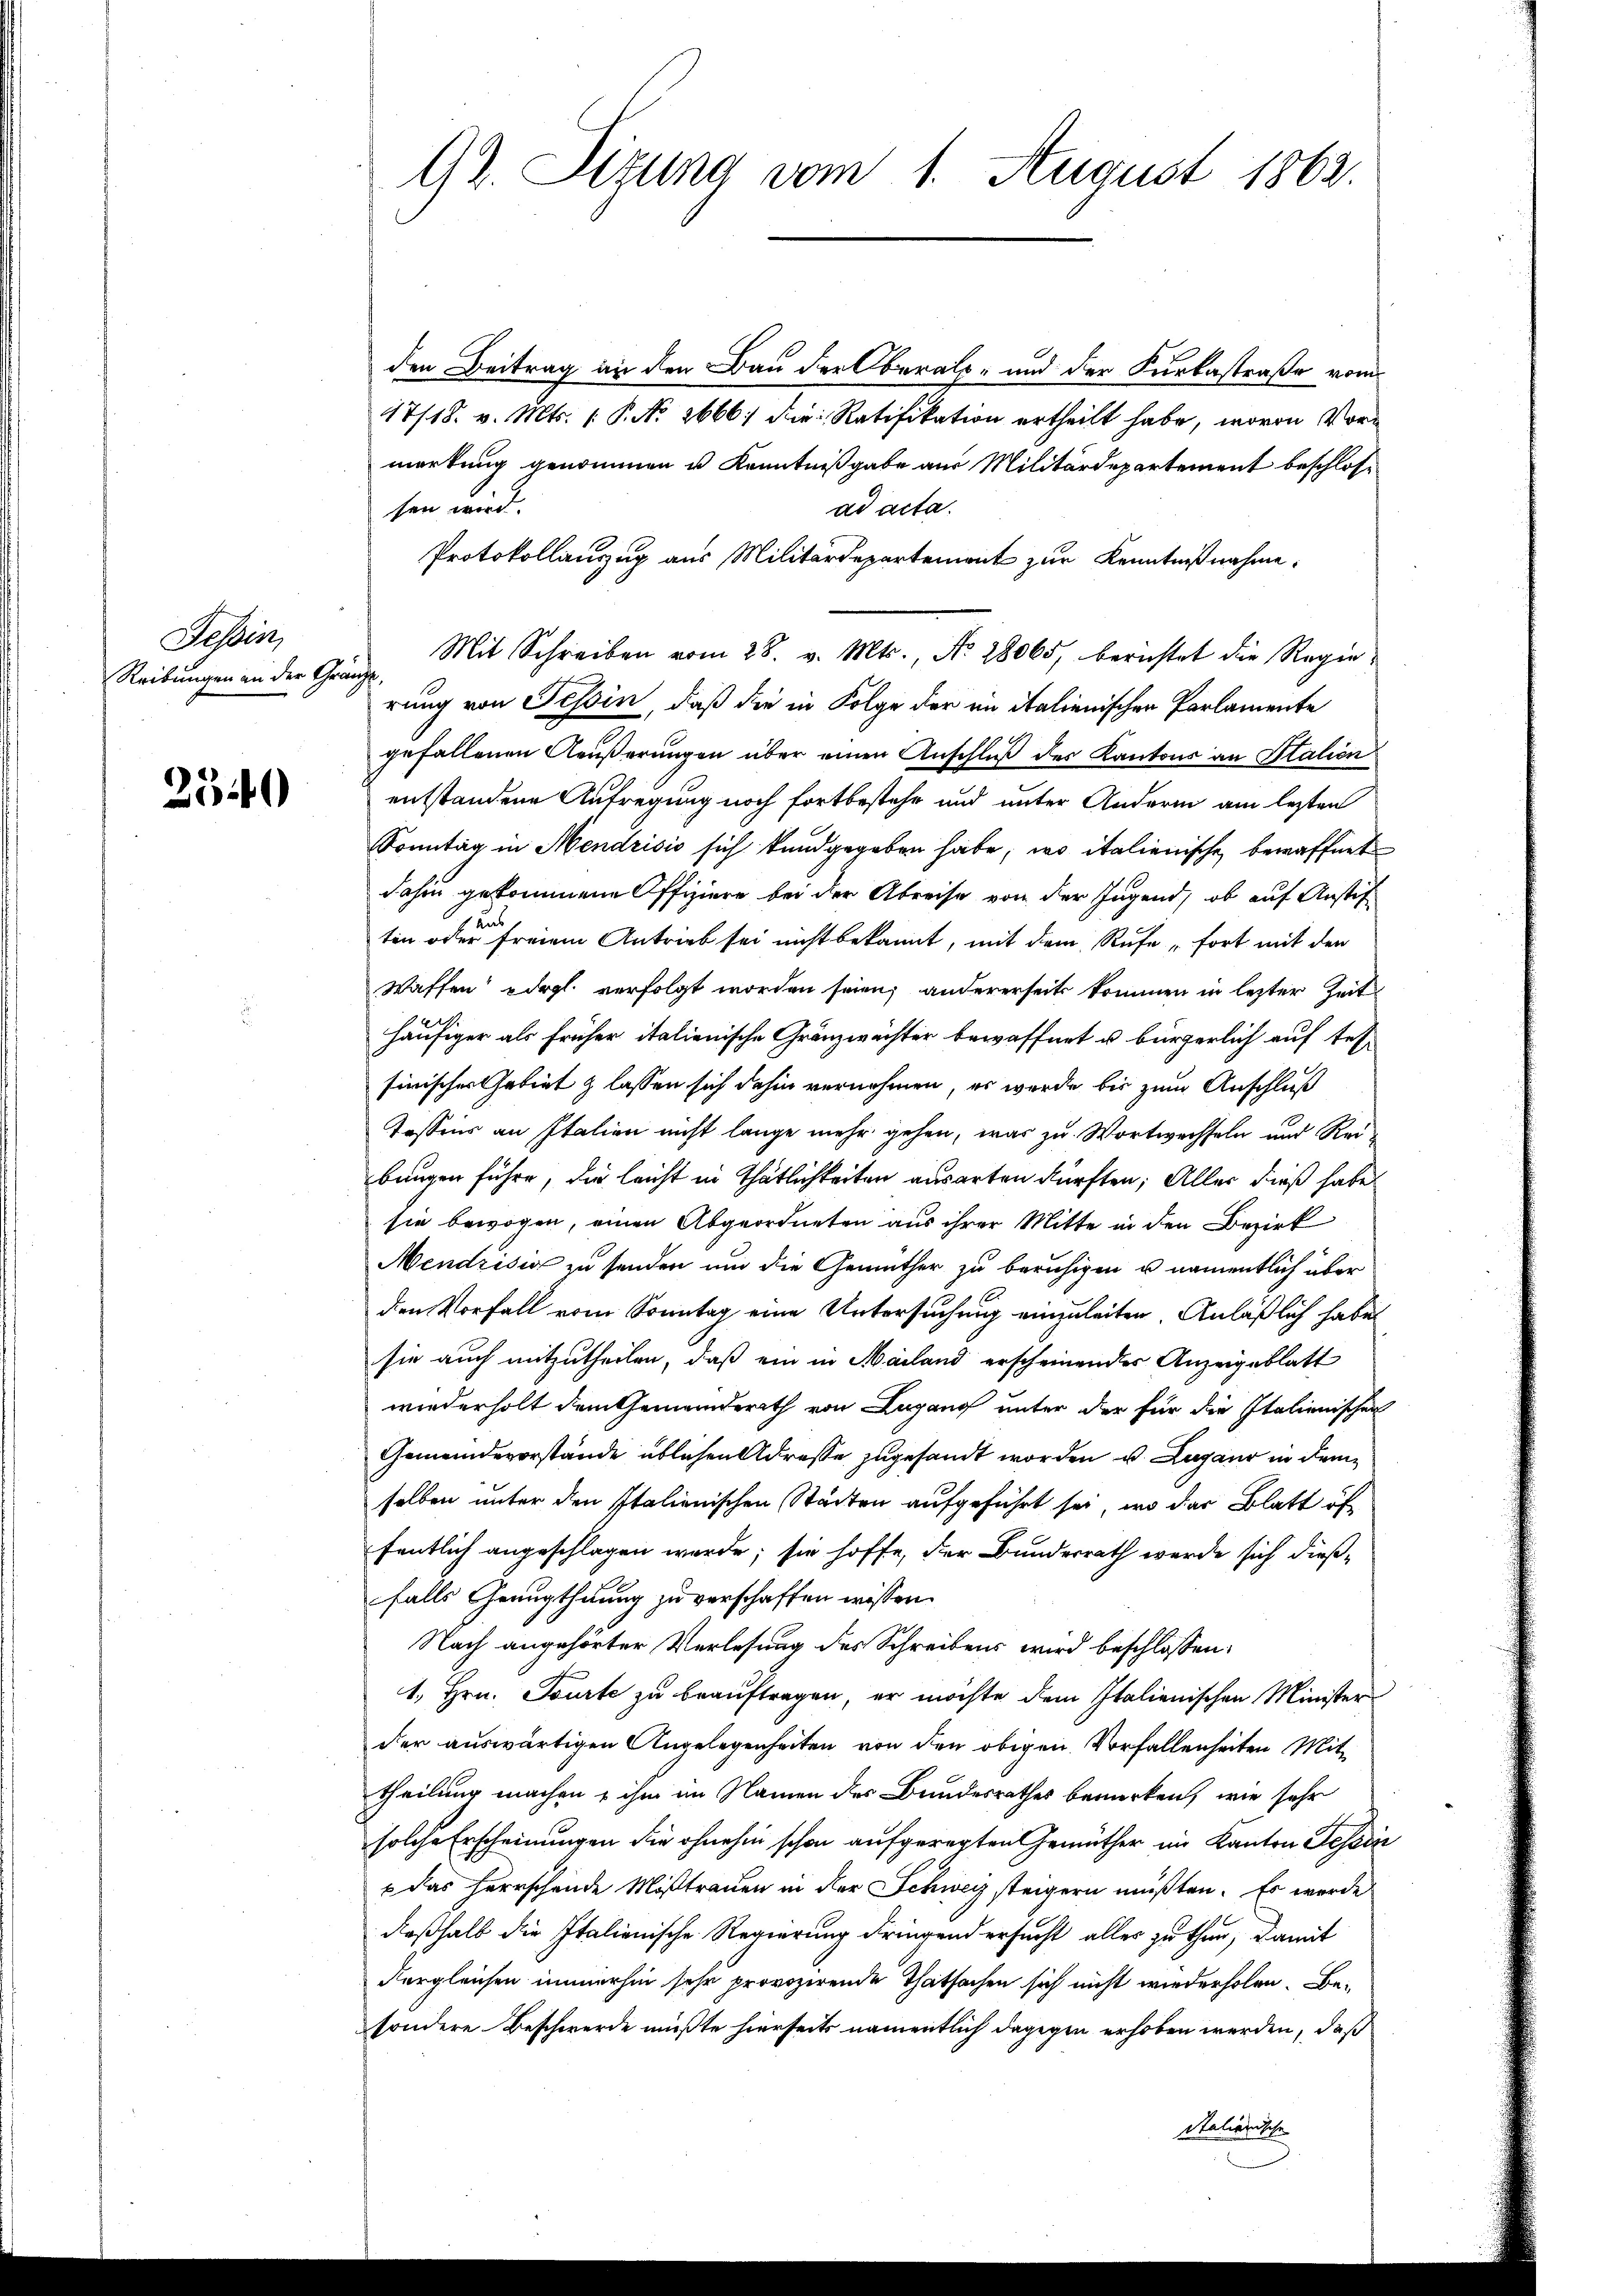
Gessen,
Reibungen an der Gra

2540

92. Sizung vom 1. August 1862.

den Beitrag an den Bau der Oberal- und der Kurkastraße vom
17/18. v. Mts. 1. P. No. 2666; die Ratifikation ertheilt habe, wovon Vormerkung genommen u. Kenntnißgabe aus Militärdepartement beschlossen wird.
ad acta.
Protokollauszug aus Militärdepartemont zur Kenntnißnahme.
Mit Schreiben vom 28. v. Mts., No. 28065, berichtet die Regieicht,
rung von Tessin, daß die in Folge der in italienischen Parlamente
gefallenen Aeußerungen über einen Anschluß des Kantons an Stalien
entstandene Aufregung noch fortbestehe und unter Anderm am lezten
Sonntag in Mendrisis sich kundgegeben habe, wo italienische bewaffnet
dahin gekommene Offiziere bei der Abreise von der Jugend, ob auf Anstif
tin oder freiem Antrieb sei nicht bekannt, mit dem Rufe fort mit den
Waffen odrgl. verfolgt worden seien, andererseits kommen in lezter Zeit
häufiger als früher italienische Gränzwächter bewaffnet u. bürgerlich auf tessirischer Gebiet & lassen sich dahin vernehmen, es wurde bis zum Anschluß
Tassens an Italien nicht lange mehr gehen, was zu Wortwechseln und Reibungen führe, die leicht in Thätlichkeiten ausarten dürften; Alles dieß habe
sie bewogen, einen Abgeordneten aus ihrer Mitte in den Bezirk
Mendrisis zu senden und die Gemüther zu beruhigen u. namentlich über
den Vorfall vom Sonntag eine Untersuchung einzuleiten Anläßlich habe
sie auch mitzutheilen, daß ein in Mailand erscheinendes Anzeigeblatt
wiederholt dem Gemeinderath von Lugano unter der für die Italienischen
Gemeindevorstände üblichen Adresse zugesandt worden v. Lugano in dem
selben unter den Italienischen Städten aufgeführt sei, wo das Blatt öf
fentlich angeschlagen werde; sie hoffe, der Bundesrath werde sich dießfalls Genugthuung zu verschaffen wissen.
Nach angehörter Verlesung des Schreibens wird beschlossen:
1., Hrn. Tourte zu beauftragen, er möchte dem Italienischen Minister
der auswärtigen Angelegenheiten von den obigen Vorfallenheiten Mittheilung machen & ihm im Namen des Bundesrathes bemerken, wie sehr
solche Erscheinungen die ohnehin schon aufgeregten Gemüther im Kanton Tessin
b das herrschende Mißtrauen in der Schweiz steigern müßten. Es wurde
deßhalb die Italienische Regierung dringend ersucht alles zu thur, damit
dergleichen immerhin sehr provozirende Thatsachen sich nicht wiederholen. Be-
sondere Beschwerde mußte hierseits namentlich dagegen erhoben werden, daß
Stalienische